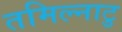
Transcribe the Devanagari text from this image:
तमिल्नाटु